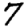
Digit: 7